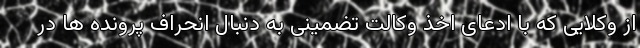
از وکلایی که با ادعای اخذ وکالت تضمینی به دنبال انحراف پرونده ها در